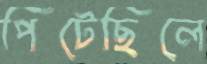
পিটেছিলে